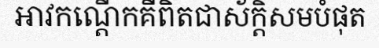
អាវកណ្តើកគឺពិតជាស័ក្តិសមបំផុត